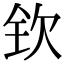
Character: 钦